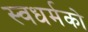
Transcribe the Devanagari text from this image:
स्‍वधर्मको